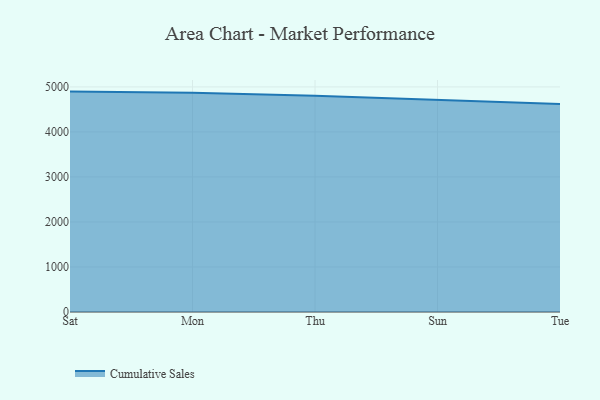
{"axis": {"x": "Day", "y": "Bounce Rate (%)"}, "legend": ["Cumulative Sales"], "data": [{"x": "Sat", "y": 4895.9, "type": "Cumulative Sales"}, {"x": "Mon", "y": 4868.2, "type": "Cumulative Sales"}, {"x": "Thu", "y": 4805.2, "type": "Cumulative Sales"}, {"x": "Sun", "y": 4714.2, "type": "Cumulative Sales"}, {"x": "Tue", "y": 4619.7, "type": "Cumulative Sales"}]}